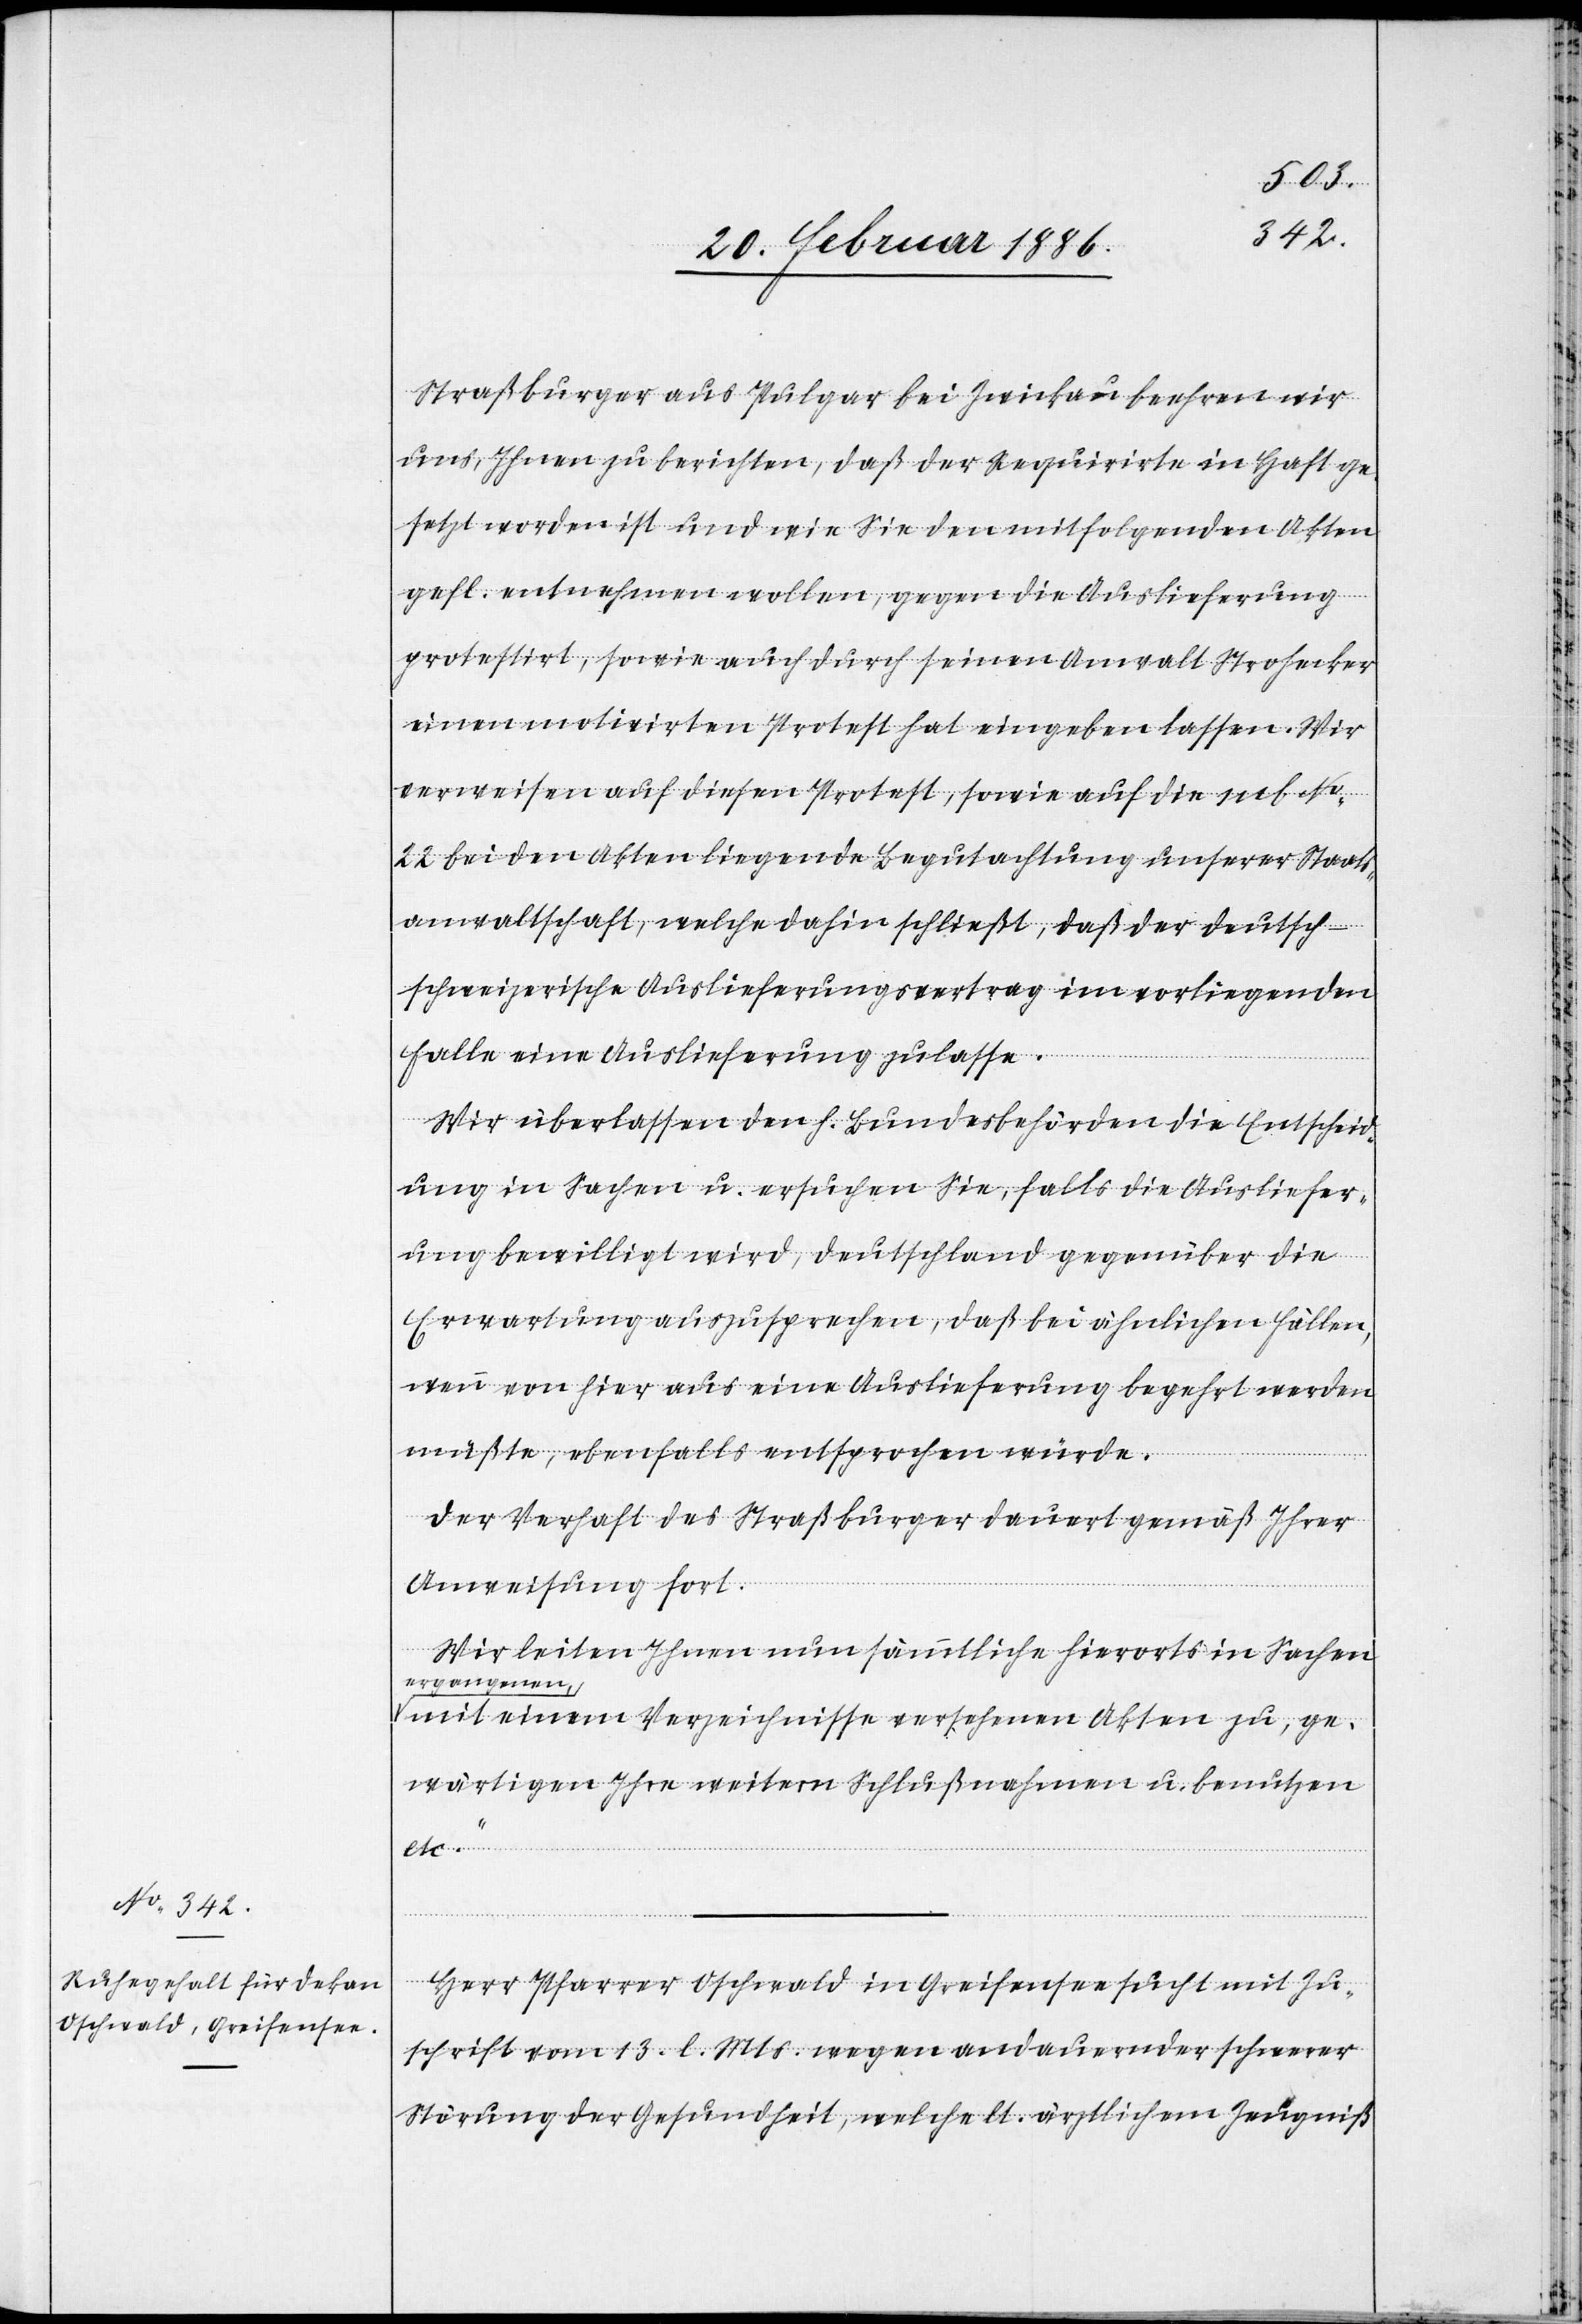
Straßburger aus Pulgar bei Zwickau beehren wir
uns, Ihnen zu berichten, daß der Requirirte in Haft ge¬
setzt worden ist und wie Sie den mitfolgenden Akten
gefl. entnehmen wollen, gegen die Auslieferung
protestirt, sowie auch durch seinen Anwalt Strohecker
einen motivirten Protest hat eingeben lassen. Wir
verweisen auf diesen Protest, sowie auf die sub No.
22 bei den Akten liegende Begutachtung unserer Staats¬
anwaltschaft, welche dahin schließt, daß der deutsch-s¬
chweizerische Auslieferungsvertrag im vorliegenden
Falle eine Auslieferung zulasse.
Wir überlassen den h. Bundesbehörden die Entscheid¬
ung in Sachen u. ersuchen Sie, falls die Ausliefer¬
ung bewilligt wird, Deutschland gegenüber die
Erwartung auszusprechen, daß bei ähnlichen Fällen,
wenn von hier aus eine Auslieferung begehrt werden
müßte, ebenfalls entsprochen würde.
Der Verhaft des Straßburger dauert gemäß Ihrer
Ausweisung fort.
Wir leiten Ihnen nun sämmtliche hierorts in Sachen
ergangenen
mit einem Verzeichnisse versehenen Akten zu, ge¬
wärtigen Ihre weitere Schlußnahme u. benutzen
etc.“
Herr Pfarrer [sic!] Oschwald in Greifensee sucht mit Zu¬
schrift vom 13. l. Mts. wegen andauernder schwerer
Störung der Gesundheit, welche lt. ärztlichem Zeugniß